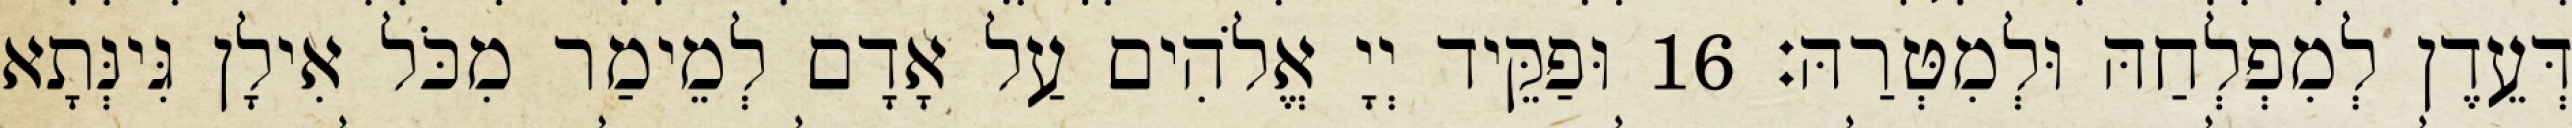
דְּעֵדֶן לְמִפְלְחַהּ וּלְמִטְּרַהּ׃ 16 וּפַקֵּיד יְיָ אֱלֹהִים עַל אָדָם לְמֵימַר מִכֹּל אִילָן גִּינְּתָא